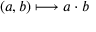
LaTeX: ( a , b ) \longmapsto a \cdot b